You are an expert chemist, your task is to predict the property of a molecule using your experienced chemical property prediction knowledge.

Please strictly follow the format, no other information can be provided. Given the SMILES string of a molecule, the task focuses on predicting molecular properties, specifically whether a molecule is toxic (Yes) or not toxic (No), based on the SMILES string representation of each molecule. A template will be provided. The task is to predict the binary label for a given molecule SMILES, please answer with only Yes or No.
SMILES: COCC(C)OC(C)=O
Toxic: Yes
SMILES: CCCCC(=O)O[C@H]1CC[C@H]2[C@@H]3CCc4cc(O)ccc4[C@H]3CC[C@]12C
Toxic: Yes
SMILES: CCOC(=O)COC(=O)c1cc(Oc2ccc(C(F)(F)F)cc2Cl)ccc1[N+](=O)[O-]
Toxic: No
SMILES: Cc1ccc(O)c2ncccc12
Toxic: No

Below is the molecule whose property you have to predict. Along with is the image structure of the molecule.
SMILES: Cc1cccc(N)c1N
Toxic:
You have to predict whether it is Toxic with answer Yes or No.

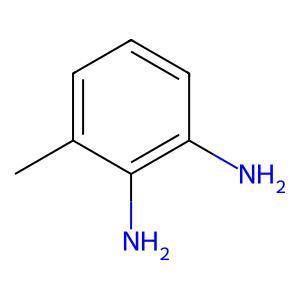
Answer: No